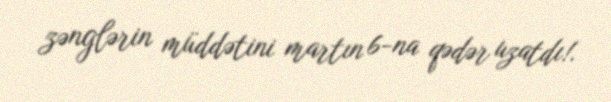
zənglərin müddətini martın 6-na qədər uzatdı!.